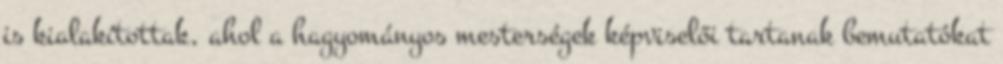
is kialakítottak, ahol a hagyományos mesterségek képviselői tartanak bemutatókat